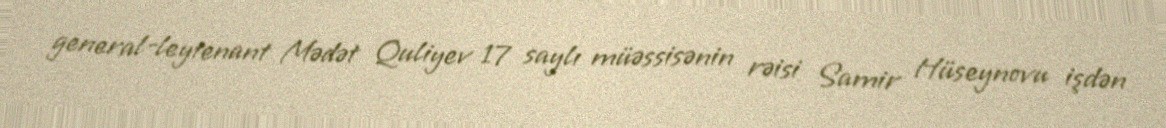
general-leytenant Mədət Quliyev 17 saylı müəssisənin rəisi Samir Hüseynovu işdən